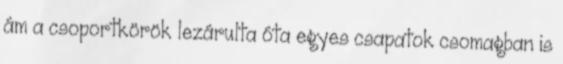
ám a csoportkörök lezárulta óta egyes csapatok csomagban is